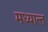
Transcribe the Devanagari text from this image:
मध्यान्त